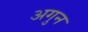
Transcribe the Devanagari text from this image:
अगुन